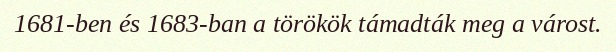
1681-ben és 1683-ban a törökök támadták meg a várost.